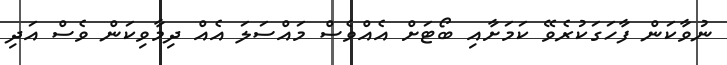
ނުވާކަން ފާހަގަކުރެވޭ ކަމަށާއި ބޯޓަށް އެއްވެސް މައްސަލަ އެއް ދިމާވިކަން ވެސް އަދި